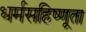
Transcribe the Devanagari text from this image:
धर्मसहिष्णूता